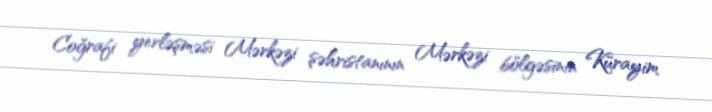
Coğrafi yerləşməsi Mərkəzi şəhristanının Mərkəzi bölgəsinin Kürayim